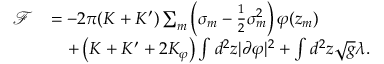
\begin{array} { r l } { \mathcal F } & { = - 2 \pi ( K + K ^ { \prime } ) \sum _ { m } \left( \sigma _ { m } - \frac { 1 } { 2 } \sigma _ { m } ^ { 2 } \right) \varphi ( z _ { m } ) } \\ & { \quad + \left( K + K ^ { \prime } + 2 K _ { \varphi } \right) \int d ^ { 2 } z | \partial \varphi | ^ { 2 } + \int d ^ { 2 } z \sqrt { g } \lambda . } \end{array}